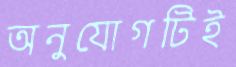
অনুযোগটিই